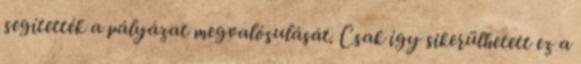
segítették a pályázat megvalósulását. Csak így sikerülhetett ez a